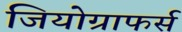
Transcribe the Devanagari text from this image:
जियोग्राफर्स